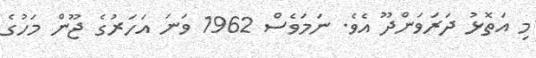
މި އަތޮޅު ދަރަވަންދޫ އެވެ. ނަމަވެސް 1962 ވަނަ އަހަރުގެ ޖޫން މަހުގެ